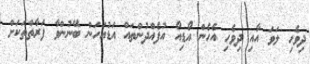
ދިވެހި ލަވަ އާއި ދިވެހި އެހެން އޯޑިއޯ އުފެއްދުންތައް އަޑުއަހަން ބޭނުންވާ ފަރާތްތަކަށް